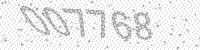
Solution: 007768